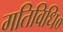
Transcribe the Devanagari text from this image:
गतिविधि०